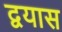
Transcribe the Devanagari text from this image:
द्वयास